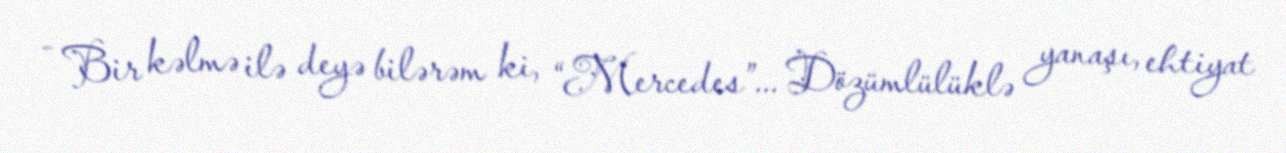
- Bir kəlmə ilə deyə bilərəm ki, “Mercedes”... Dözümlülüklə yanaşı, ehtiyat